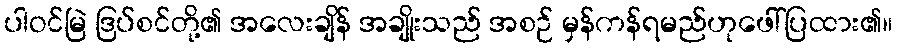
ပါဝင်မြဲ ဒြပ်စင်တို့၏ အလေးချိန် အချိုးသည် အစဉ် မှန်ကန်ရမည်ဟုဖေါ်ပြထား၏။